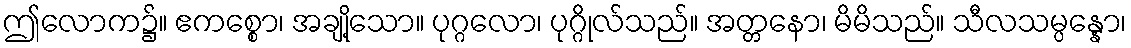
ဤလောက၌။ ဧကစ္စော၊ အချို့သော။ ပုဂ္ဂလော၊ ပုဂ္ဂိုလ်သည်။ အတ္တနော၊ မိမိသည်။ သီလသမ္ပန္နော၊